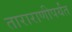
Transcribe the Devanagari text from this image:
ताराराणीपर्यंत